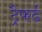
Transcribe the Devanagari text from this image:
ट्रैफर्ढ